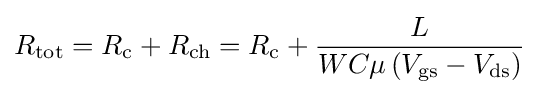
R_{\text{tot}}=R_{\text{c}}+R_{\text{ch}}=R_{\text{c}}+{\frac {L}{WC\mu \left(V_{\text{gs}}-V_{\text{ds}}\right)}}